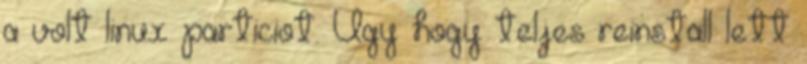
a volt linux particiot. Ugy hogy teljes reinstall lett